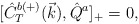
\begin{align*}{[}\hat{C}^{b(+)}_T(\vec{k}),\hat{Q}^a]_{+}=0,\end{align*}